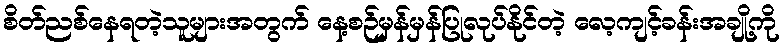
စိတ်ညစ်နေရတဲ့သူများအတွက် နေ့စဉ်မှန်မှန်ပြုလုပ်နိုင်တဲ့ လေ့ကျင့်ခန်းအချို့ကို